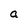
Character: a